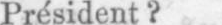
Président?